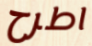
اطرح